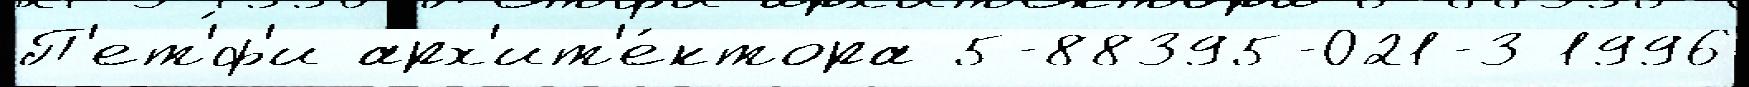
П'ет'́ф'и арх'ит'е́ктора 5-88395-021-3 1996